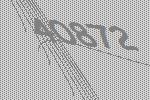
40872